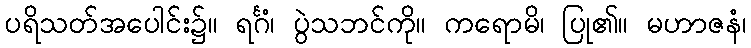
ပရိသတ်အပေါင်း၌။ ရင်္ဂံ၊ ပွဲသဘင်ကို။ ကရောမိ၊ ပြု၏။ မဟာဇနံ၊